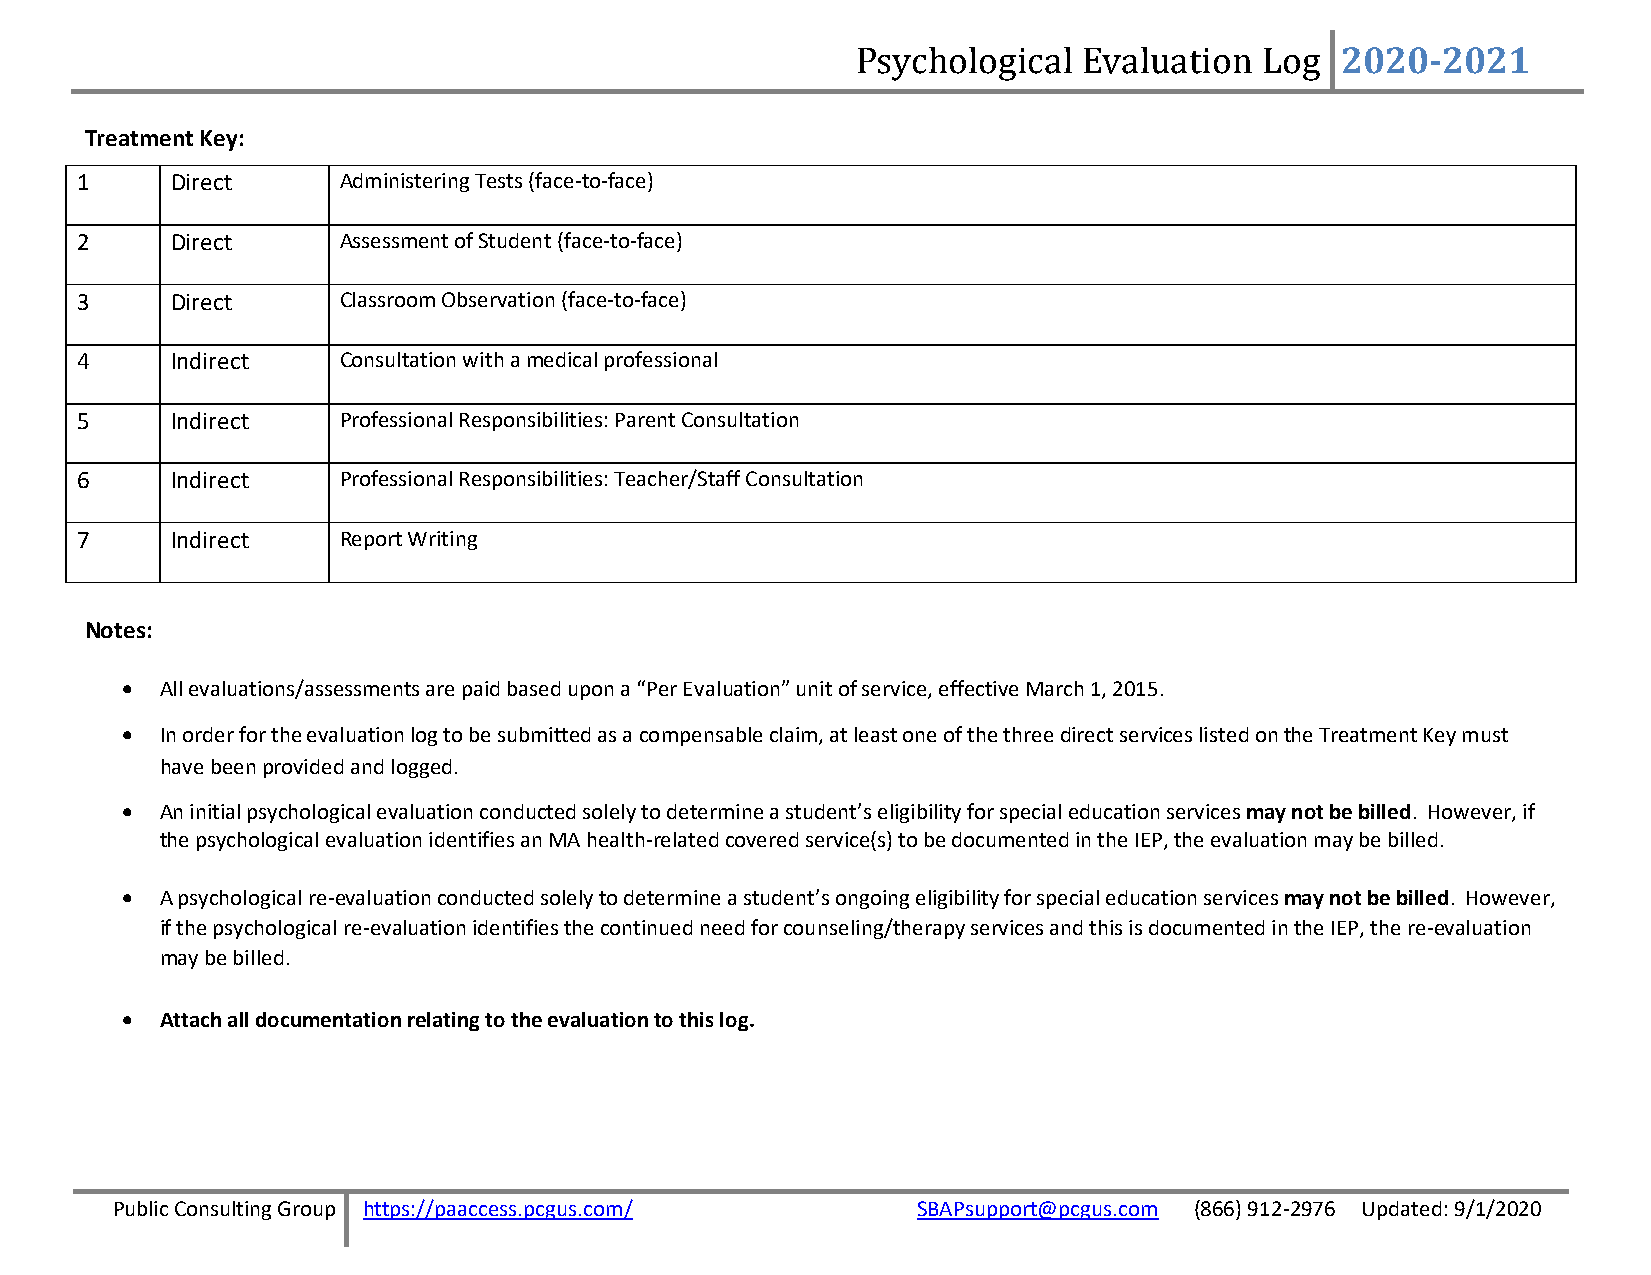
2020-2021
 Treatment Key:                                     Psychological  Evaluation  Log
 1     Direct     Administering Tests (face-to-face)
 2     Direct     Assessment of Student (face-to-face)
 3     Direct     Classroom Observation (face-to-face)
 4     Indirect   Consultation with a medical professional
 5     Indirect   Professional Responsibilities: Parent Consultation
 6     Indirect   Professional Responsibilities: Teacher/Staff Consultation
 7     Indirect   Report Writing
 Notes:
 •  All evaluations/assessments are paid based upon a “Per Evaluation” unit of service, effective March 1, 2015.
 •  In order for the evaluation log to be submitted as a compensable claim, at least one of the three direct services listed on the Treatment Key must
 have been provided and logged.
 •  An initial psychological evaluation conducted solely to determine a student’s eligibility for special education services may not be billed. However, if
 the psychological evaluation identifies an MA health-related covered service(s) to be documented in the IEP, the evaluation may be billed.
 •  A psychological re-evaluation conducted solely to determine a student’s ongoing eligibility for special education services may not be billed. However,
 if the psychological re-evaluation identifies the continued need for counseling/therapy services and this is documented in the IEP, the re-evaluation
 may be billed.
 •  Attach all documentation relating to the evaluation to this log.
 Public Consulting Group https://paaccess.pcgus.com/   SBAPsupport@pcgus.com (866) 912-2976 Updated: 9/1/2020